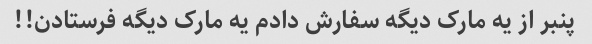
پنبر از یه مارک دیگه سفارش دادم یه مارک دیگه فرستادن!!